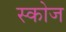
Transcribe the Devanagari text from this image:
स्कोज